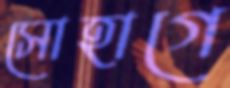
সোহাগে